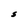
Character: S